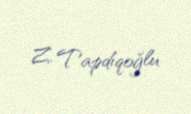
Z. Tapdıqoğlu